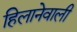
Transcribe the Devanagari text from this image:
हिलानेवाली